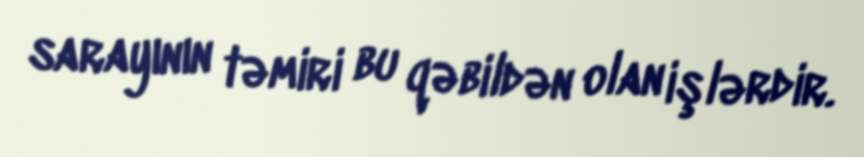
sarayının təmiri bu qəbildən olan işlərdir.